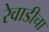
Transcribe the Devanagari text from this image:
रेवाडीचा